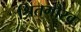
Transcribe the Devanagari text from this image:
श्रितगौरव